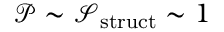
\mathcal { P } \sim \ensuremath { \mathcal { S } } _ { \mathrm { s t r u c t } } \sim 1